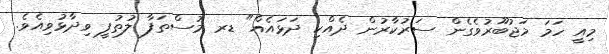
މިއީ ހަމަ މަޖުބޫރުވެގެން ސަރުކާރުން ދެއްކި ދަޅައެއް" ޑރ މުސްތަފާ ލުތުފީ ވިދާޅުވިއެވެ.